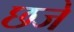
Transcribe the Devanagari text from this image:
छजे